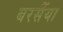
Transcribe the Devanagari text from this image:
बरसैंया